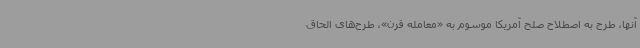
آنها، طرح به اصطلاح صلح آمریکا موسوم به «معامله قرن»، طرح‌های الحاق